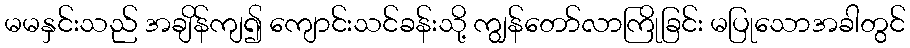
မမနှင်းသည် အချိန်ကျ၍ ကျောင်းသင်ခန်းသို့ ကျွန်တော်လာကြိုခြင်း မပြုသောအခါတွင်